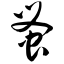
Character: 蚤